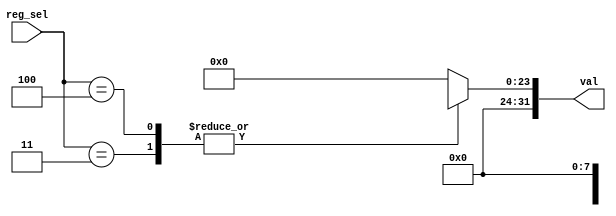
module oldland_cpuid(input wire [2:0]	reg_sel,
		     output reg [31:0]	val);

parameter cpuid_manufacturer = 0;
parameter cpuid_model = 0;

parameter cpu_clock_speed = 0;

parameter icache_size = 0;
parameter icache_line_size = 0;
parameter icache_num_ways = 0;

parameter dcache_size = 0;
parameter dcache_line_size = 0;
parameter dcache_num_ways = 0;

parameter dtlb_num_entries = 0;
parameter itlb_num_entries = 0;

localparam ICACHE_LINES = icache_size / icache_line_size;
localparam ICACHE_LINE_WORDS = icache_line_size / 4;

localparam DCACHE_LINES = dcache_size / dcache_line_size;
localparam DCACHE_LINE_WORDS = dcache_line_size / 4;

wire [31:0] cpuid0 = {cpuid_manufacturer[15:0], cpuid_model[15:0]};
wire [31:0] cpuid1 = cpu_clock_speed[31:0];
wire [31:0] cpuid2 = 32'b0;
wire [31:0] cpuid3 = {icache_num_ways[7:0], ICACHE_LINES[15:0], ICACHE_LINE_WORDS[7:0]};
wire [31:0] cpuid4 = {dcache_num_ways[7:0], DCACHE_LINES[15:0], DCACHE_LINE_WORDS[7:0]};
wire [31:0] cpuid5 = {8'b0, itlb_num_entries[7:0], 8'b0, dtlb_num_entries[7:0]};

always @(*) begin
	case (reg_sel)
	3'h0: val = cpuid0;
	3'h1: val = cpuid1;
	3'h2: val = cpuid2;
	3'h3: val = cpuid3;
	3'h4: val = cpuid4;
	3'h5: val = cpuid5;
	default: val = 32'b0;
	endcase
end

endmodule